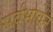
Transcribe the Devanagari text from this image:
सर्वभावेन